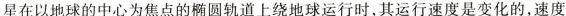
星在以地球的中心为焦点的椭圆轨道上绕地球运行时，其运行速度是变化的，速度